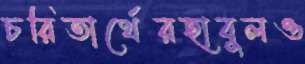
চরিতার্থেরহাবুলও